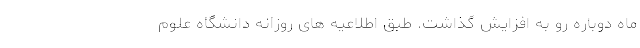
ماه دوباره رو به افزایش گذاشت. طبق اطلاعیه های روزانه دانشگاه علوم